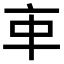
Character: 𠅊